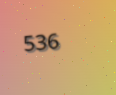
536